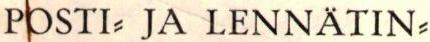
POSTI- JA LENNÄTIN-